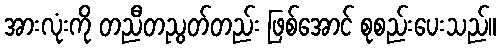
အားလုံးကို တညီတညွတ်တည်း ဖြစ်အောင် စုစည်းပေးသည်။